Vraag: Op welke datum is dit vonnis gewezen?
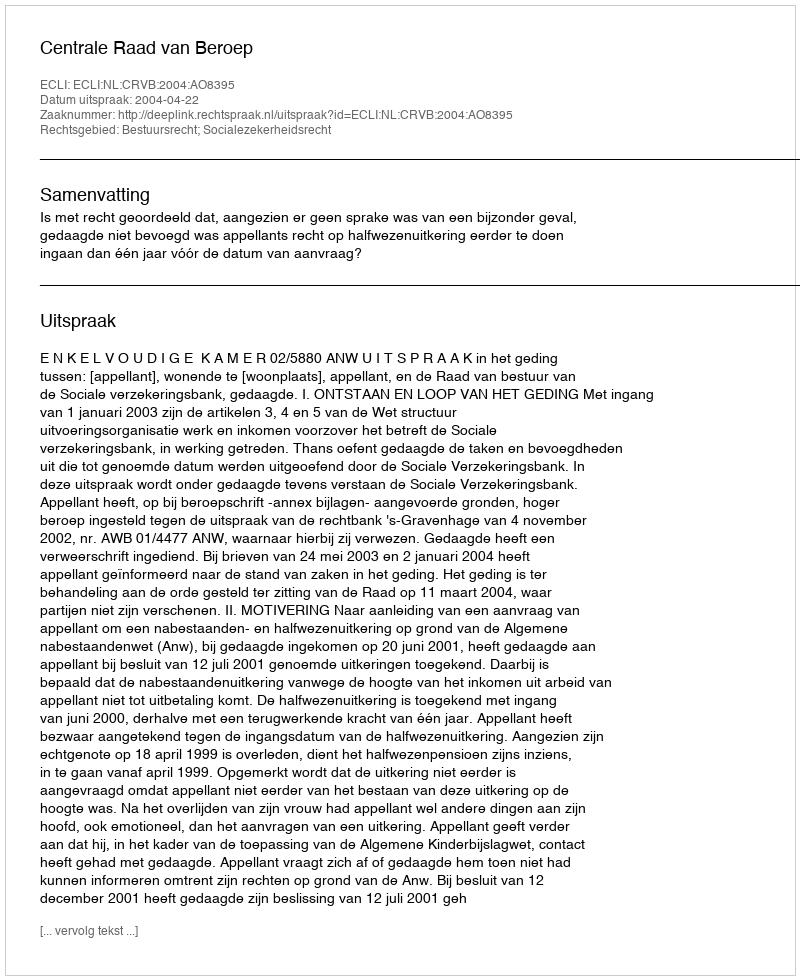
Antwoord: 2004-04-22